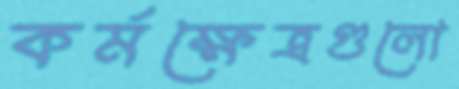
কর্মক্ষেত্রগুলো